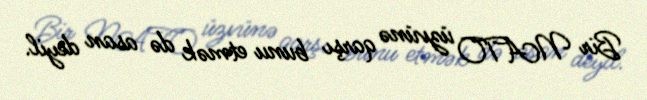
Bir NATO üzvünə qarşı bunu etmək də asan deyil.